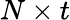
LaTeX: N\times t